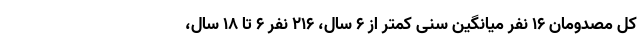
کل مصدومان ۱۶ نفر میانگین سنی کمتر از ۶ سال، ۲۱۶ نفر ۶ تا ١٨ سال،